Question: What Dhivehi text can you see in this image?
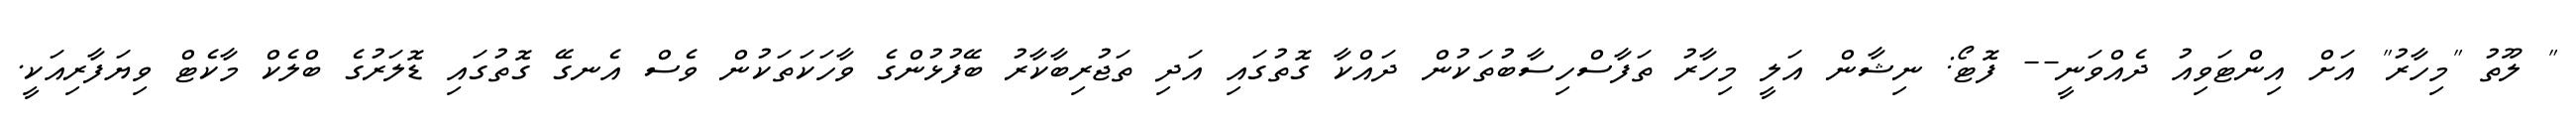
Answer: " ލޫތު "މިހާރު" އަށް އިންޓަވިއު ދެއްވަނީ-- ފޮޓޯ: ނިޝާން އަލީ މިހާރު ތަފާސްހިސާބުތަކުން ދައްކާ ގޮތުގައި އަދި ތަޖުރިބާކާރު ބޭފުޅުންގެ ވާހަކަތަކުން ވެސް އެނގޭ ގޮތުގައި ޑޮލަރުގެ ބްލެކް މާކެޓް ވިޔަފާރިއަކީ.